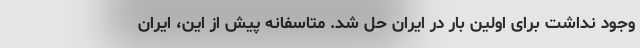
وجود نداشت برای اولین بار در ایران حل شد. متاسفانه پیش از این، ایران